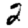
Digit: 2